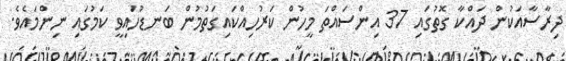
ދިރާސާއަކުން ދައްކާ ގޮތުގައި 37 އިންސައްތަ މީހުން ކަރުހިއްކައިގަތުމުން ބަނޑުހައިވީ ކަމުގައި ނިންމައެވެ.